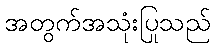
အတွက်အသုံးပြုသည်